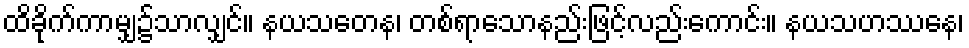
ထိခိုက်ကာမျှ၌သာလျှင်။ နယသတေန၊ တစ်ရာသောနည်းဖြင့်လည်းကောင်း။ နယသဟဿေန၊